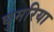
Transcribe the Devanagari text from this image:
घुमरिया